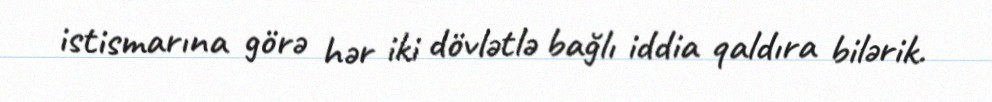
istismarına görə hər iki dövlətlə bağlı iddia qaldıra bilərik.